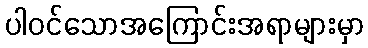
ပါဝင်သောအကြောင်းအရာများမှာ